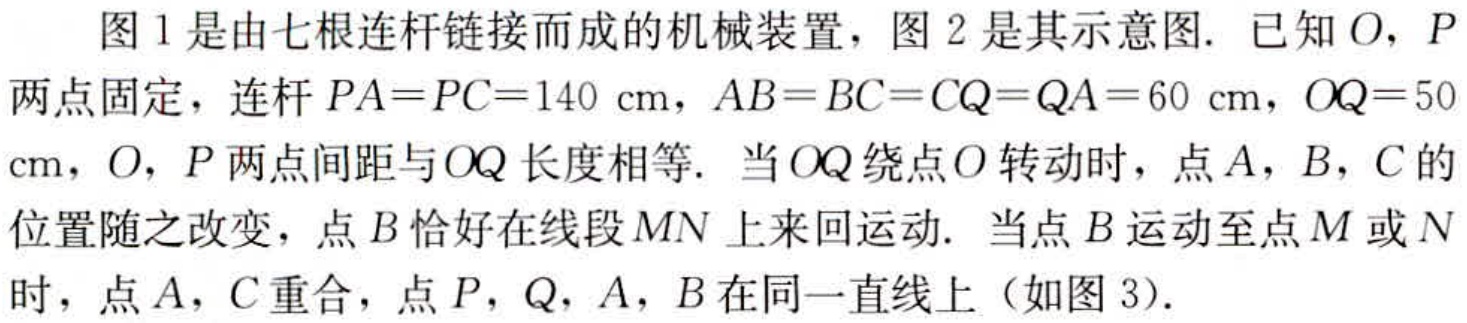
图1是由七根连杆链接而成的机械装置，图2是其示意图. 已知\(O\)，\(P\)两点固定，连杆\(PA = PC = 140\mathrm{cm}\)，\(AB = BC = CQ = QA = 60\mathrm{cm}\)，\(OQ = 50\mathrm{cm}\)，\(O\)，\(P\)两点间距与\(OQ\)长度相等. 当\(OQ\)绕点\(O\)转动时，点\(A\)，\(B\)，\(C\)的位置随之改变，点\(B\)恰好在线段\(MN\)上来回运动. 当点\(B\)运动至点\(M\)或\(N\)时，点\(A\)，\(C\)重合，点\(P\)，\(Q\)，\(A\)，\(B\)在同一直线上（如图3）.